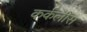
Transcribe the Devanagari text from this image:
कर्कलीस